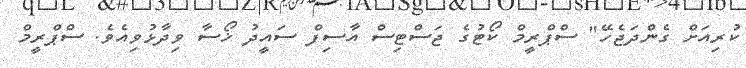
ކުރިއަށް ގެންދަޖެހޭ" ސްޕްރީމް ކޯޓުގެ ޖަސްޓިސް އާސިފް ސައީދު ޚޯސާ ވިދާޅުވިއެވެ. ސްޕްރީމް